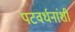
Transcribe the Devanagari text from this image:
पटवर्धनांशी